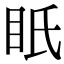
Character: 眂